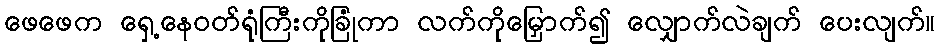
ဖေဖေက ရှေ့နေဝတ်ရုံကြီးကိုခြုံကာ လက်ကိုမြှောက်၍ လျှောက်လဲချက် ပေးလျက်။